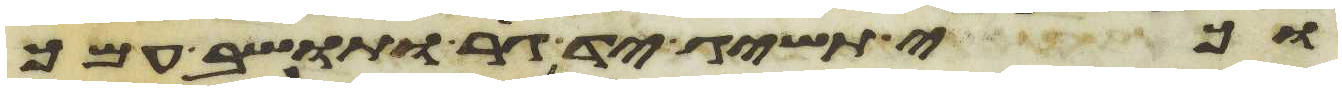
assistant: וכי תשיג יד גר ותושב עמך